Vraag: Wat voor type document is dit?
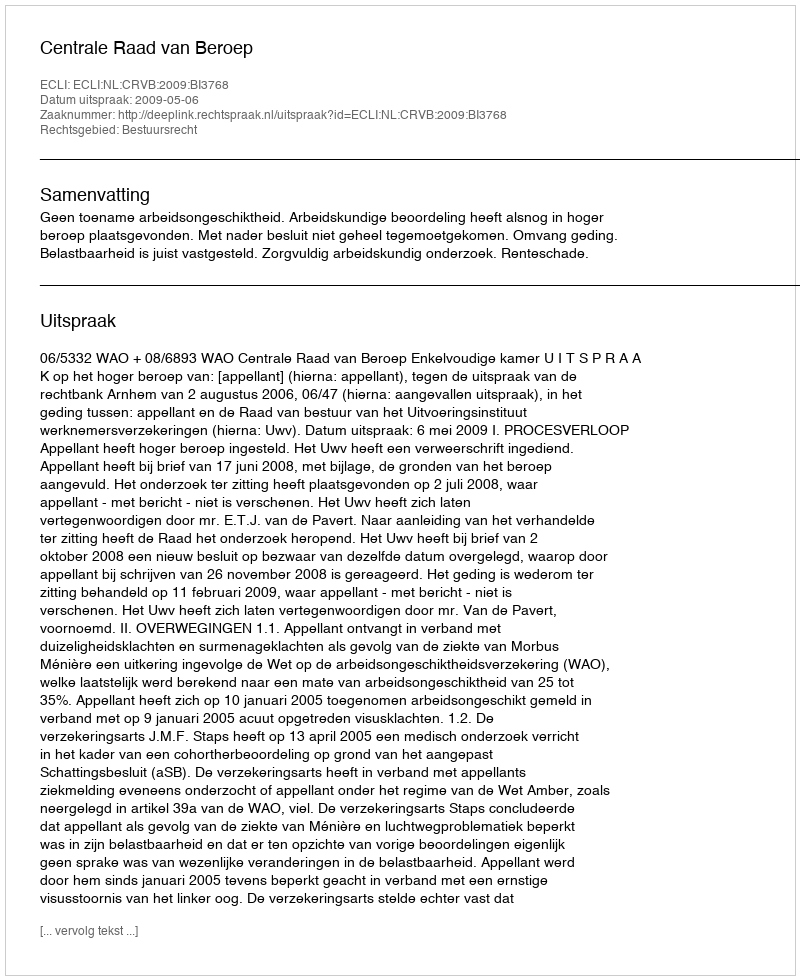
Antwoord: Uitspraak